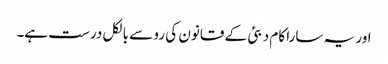
اور یہ سارا کام دبئی کے قانون کی رو سے بالکل درست ہے۔